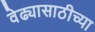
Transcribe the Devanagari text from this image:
वेढ्यासाठीच्या